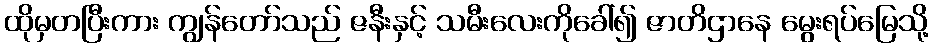
ထိုမှတပြီးကား ကျွန်တော်သည် ဇနီးနှင့် သမီးလေးကိုခေါ်၍ ဇာတိဌာနေ မွေးရပ်မြေသို့